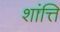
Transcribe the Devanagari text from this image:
शांत्ति